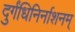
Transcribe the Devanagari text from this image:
दुर्गंधिनिर्नाशनम्